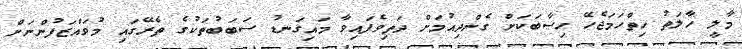
މާލީ ހާލަތު ހިތްހަމަޖެހޭ ހިސާބަކަށް ގެންދިއުމަށް ދަތިވެފައިވާ މައިގަނޑު ސަބަބުތަކުގެ ތެރޭގައި މުވައްޒަފުންނަށް